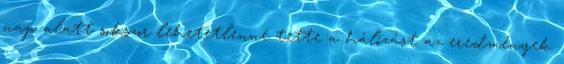
nap alatt sokszor lehetetlenné tette a hálózást az eredmények